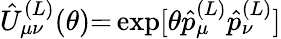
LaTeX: \hat{U}_{\mu\nu}^{(L)}(\theta){=}\exp[\theta\hat{p}_{\mu}^{(L)}\hat{p}_{\nu}^{(L)}]